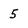
Character: 5